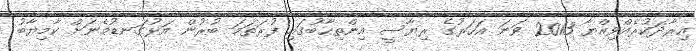
އިރާދަކުރެއްވިއްޔާ 2013 ވަނަ އަހަރުގެ ރިޔާސީ އިންތިހާބުގައި ފުރަތަމަ ބުރުން އަޅުގަނޑުމެނަށް ކާމިޔާބު